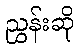
ညွှန်းဆို